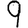
Digit: 9